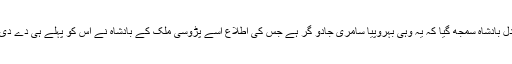
نیک دل بادشاہ سمجھ گیا کہ یہ وہی بہروپیا سامری جادو گر ہے جس کی اطلاع اسے پڑوسی ملک کے بادشاہ نے اس کو پہلے ہی دے دی تھی۔